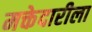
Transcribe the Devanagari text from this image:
मक्तेदारीला